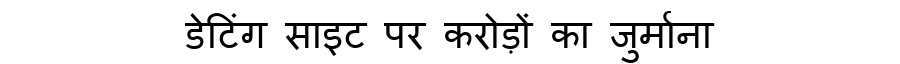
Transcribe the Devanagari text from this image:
डेटिंग साइट पर करोड़ों का जुर्माना